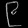
Digit: ၉